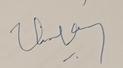
Signature authenticity: genuine